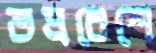
ভদ্রবেশে